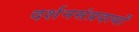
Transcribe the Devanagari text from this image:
दर्शनसंप्रदायों